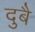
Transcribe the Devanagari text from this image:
दुबै